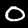
Digit: 0